Calcutta medical institutions reports 1879-81 [i.e.91]
Year: 1879
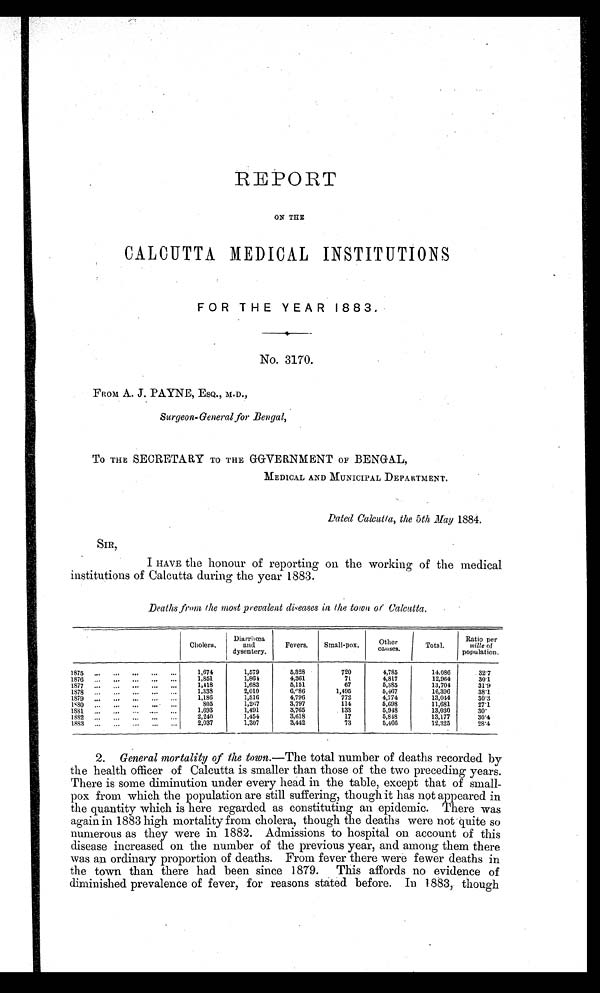
REPORT
ON THE
CALCUTTA MEDICAL INSTITUTIONS
FOR THE YEAR 1883..
No. 3170.
F R O M . A . J . P A Y N E ,
E S Q . , M . D . ,
Surgeon-General for Bengal,
To THE SECRETARY TO THE GGVERNMENT OF BENGAL,
MEDICAL AND MUNICIPAL DEPARTMENT.
Dated Calcutta, the 5th May 1884.
SIR,
I HAVE the honour of reporting on the working of the medical
institutions of Calcutta during the year 1883.
Deaths from the most prevalent diseases in the town of Calcutta.
Cholera,
D i a r r h œ a
and
dysentery.
Fevers.
Small-pox.
O t h e r
c a s e s .
Total.
Ratio per
mille of
population.
1875 ...
. . .
. . .
. . . . . .
1,674
1,579
5,328
720
4,785
14,086
32.7
1876..
...
. . .
. . .
. . .
1,851
1,864 864
4, 361
71
4,817
1 2 , 9 6 4
30.1
1877...
. . .
. . .
. . .
. . .
1,418
1 6 8 3
5 , 1 5 1
67
5,385
13,704
3 1 . 9
1878... . . .
. . .
. . .
. . .
1 , 3 3 8
2,010
6 , 9 8 6
1,495
5,467
16,396
3 8 . 1
1879 ...
. . .
. . .
. . .
. . .
1,186
1, 516
4, 796
772
4,774
13,044
30.3
1880 ...
... ...
. . .
. . .
805
1 , 2 6 7
3 , 7 9 7
114
5,698
11,681
27.1
1881 ...
. . .
. . . . . .
. . .
1 6 9 3
1,491
3,765
133
5,948
13,030
30
1882 ... . . .
. . . . . .
. . .
2 , 2 4 0
1454
3,618
17
5,848
13,177
30.4
1883 ... ...
. . .
. . . . . .
2,037
1,307
3,442
73
5,466
12,325
28.4
2. General mortality of the town .― The total number of deaths recorded by
the health officer of Calcutta is smaller than those of the two preceding years.
There is some diminution under every head in the table, except that of small-
pox from which the population are still suffering, though it has not appeared in
the quantity which is here regarded as constituting an epidemic. There was
again in 1883 high mortality from cholera, though the deaths were not quite so
numerous as they were in 1882. Admissions to hospital on account of this
disease increased on the number of the previous year, and among them there
was an ordinary proportion of deaths. From fever there were fewer deaths in
the town than there had been since 1879. This affords no evidence of
diminished prevalence of fever, for reasons stated before. In 1883, though